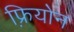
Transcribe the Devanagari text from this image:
फ़्रियोन